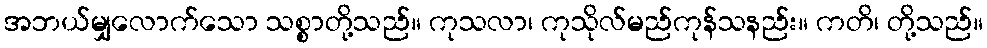
အဘယ်မျှလောက်သော သစ္စာတို့သည်။ ကုသလာ၊ ကုသိုလ်မည်ကုန်သနည်း။ ကတိ၊ တို့သည်။